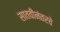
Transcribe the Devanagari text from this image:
सातवीनंतरचे